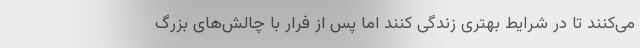
می‌کنند تا در شرایط بهتری زندگی کنند اما پس از فرار با چالش‌های بزرگ